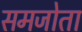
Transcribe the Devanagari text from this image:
समजोता